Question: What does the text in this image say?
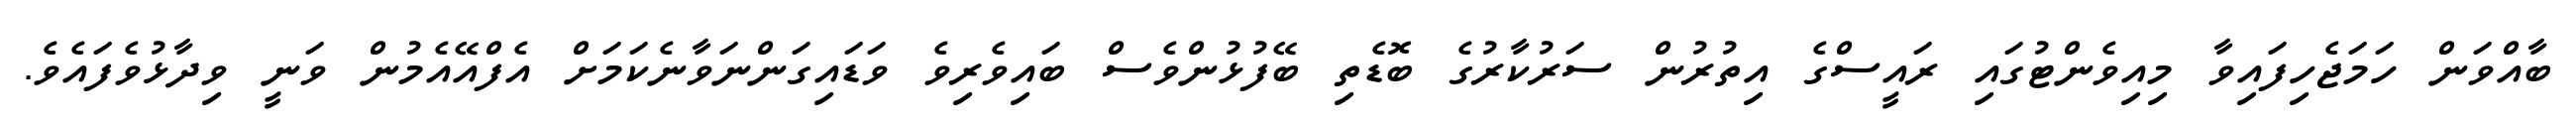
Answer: ބާއްވަން ހަމަޖެހިފައިވާ މިއިވެންޓުގައި ރައީސްގެ އިތުރުން ސަރުކާރުގެ ބޮޑެތި ބޭފުޅުންވެސް ބައިވެރިވެ ވަޑައިގަންނަވާނެކަމަށް އެފްއޭއެމުން ވަނީ ވިދާޅުވެފައެވެ.